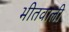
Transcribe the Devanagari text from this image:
भीतवाली